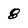
Character: 8